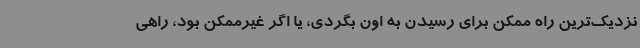
نزدیک‌ترین راه ممکن برای رسیدن به اون بگردی، یا اگر غیرممکن بود، راهی